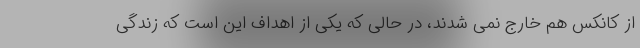
از کانکس هم خارج نمی شدند، در حالی که یکی از اهداف این است که زندگی